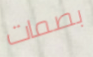
بصمات